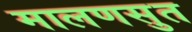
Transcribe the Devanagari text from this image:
मालणसुत